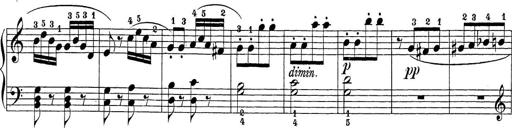
Title: Sonatina Album
Composer: Louis KÃ¶hler